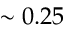
\sim 0 . 2 5